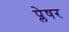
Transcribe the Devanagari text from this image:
प्लेषर